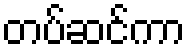
တပ်ဆင်ကာ